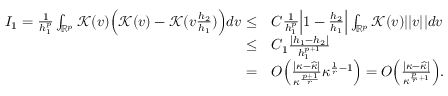
\begin{array} { r l } { I _ { 1 } = \frac { 1 } { h _ { 1 } ^ { p } } \int _ { \mathbb { R } ^ { p } } \mathcal { K } ( v ) \Big ( \mathcal { K } ( v ) - \mathcal { K } ( v \frac { h _ { 2 } } { h _ { 1 } } ) \Big ) d v \le } & { C \frac { 1 } { h _ { 1 } ^ { p } } \Big | 1 - \frac { h _ { 2 } } { h _ { 1 } } \Big | \int _ { \mathbb { R } ^ { p } } \mathcal { K } ( v ) \vert \vert v \vert \vert d v } \\ { \le } & { C _ { 1 } \frac { \vert h _ { 1 } - h _ { 2 } \vert } { h _ { 1 } ^ { p + 1 } } } \\ { = } & { O \Big ( \frac { \vert \kappa - \widehat { \kappa } \vert } { \kappa ^ { \frac { p + 1 } { r } } } \kappa ^ { \frac { 1 } { r } - 1 } \Big ) = O \Big ( \frac { \vert \kappa - \widehat { \kappa } \vert } { \kappa ^ { \frac { p } { r } + 1 } } \Big ) . } \end{array}